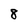
Character: 8